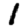
Digit: 1